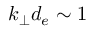
k _ { \perp } d _ { e } \sim 1